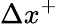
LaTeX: {\Delta}{x^{+}}